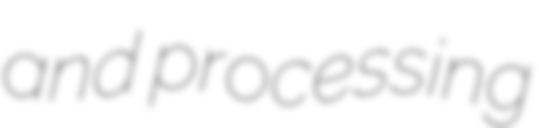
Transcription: and processing